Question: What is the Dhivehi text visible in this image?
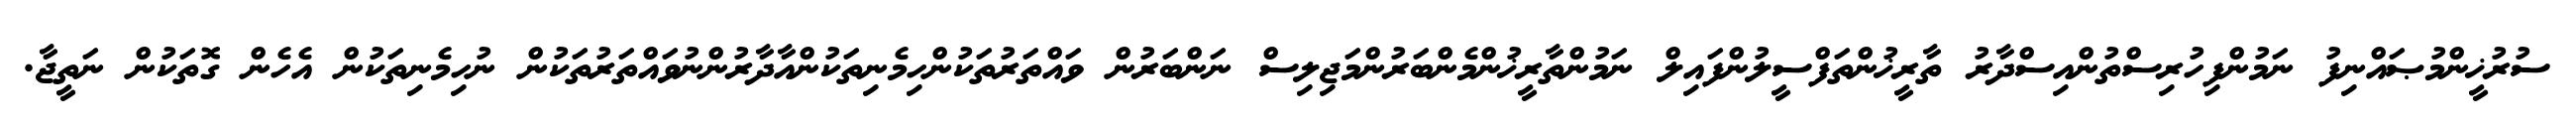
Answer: ސުރުޚީންމުޞައްނިފު ނަމުންފިހުރިސްތުންއިސްދާރު ތާރީޚުންތަފްސީލުންފައިލް ނަމުންތާރީޚުންމެންބަރުންމަޖިލިސް ނަންބަރުން ވައްތަރުތަކުންހިމެނިތަކުންއާދާރުންނުވައްތަރުތަކުން ނުހިމެނިތަކުން އެހެން ގޮތަކުން ނަތީޖާ.